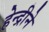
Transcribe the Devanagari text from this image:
हेन्द्रीने